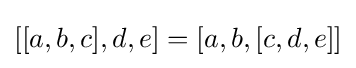
[[a,b,c],d,e]=[a,b,[c,d,e]]